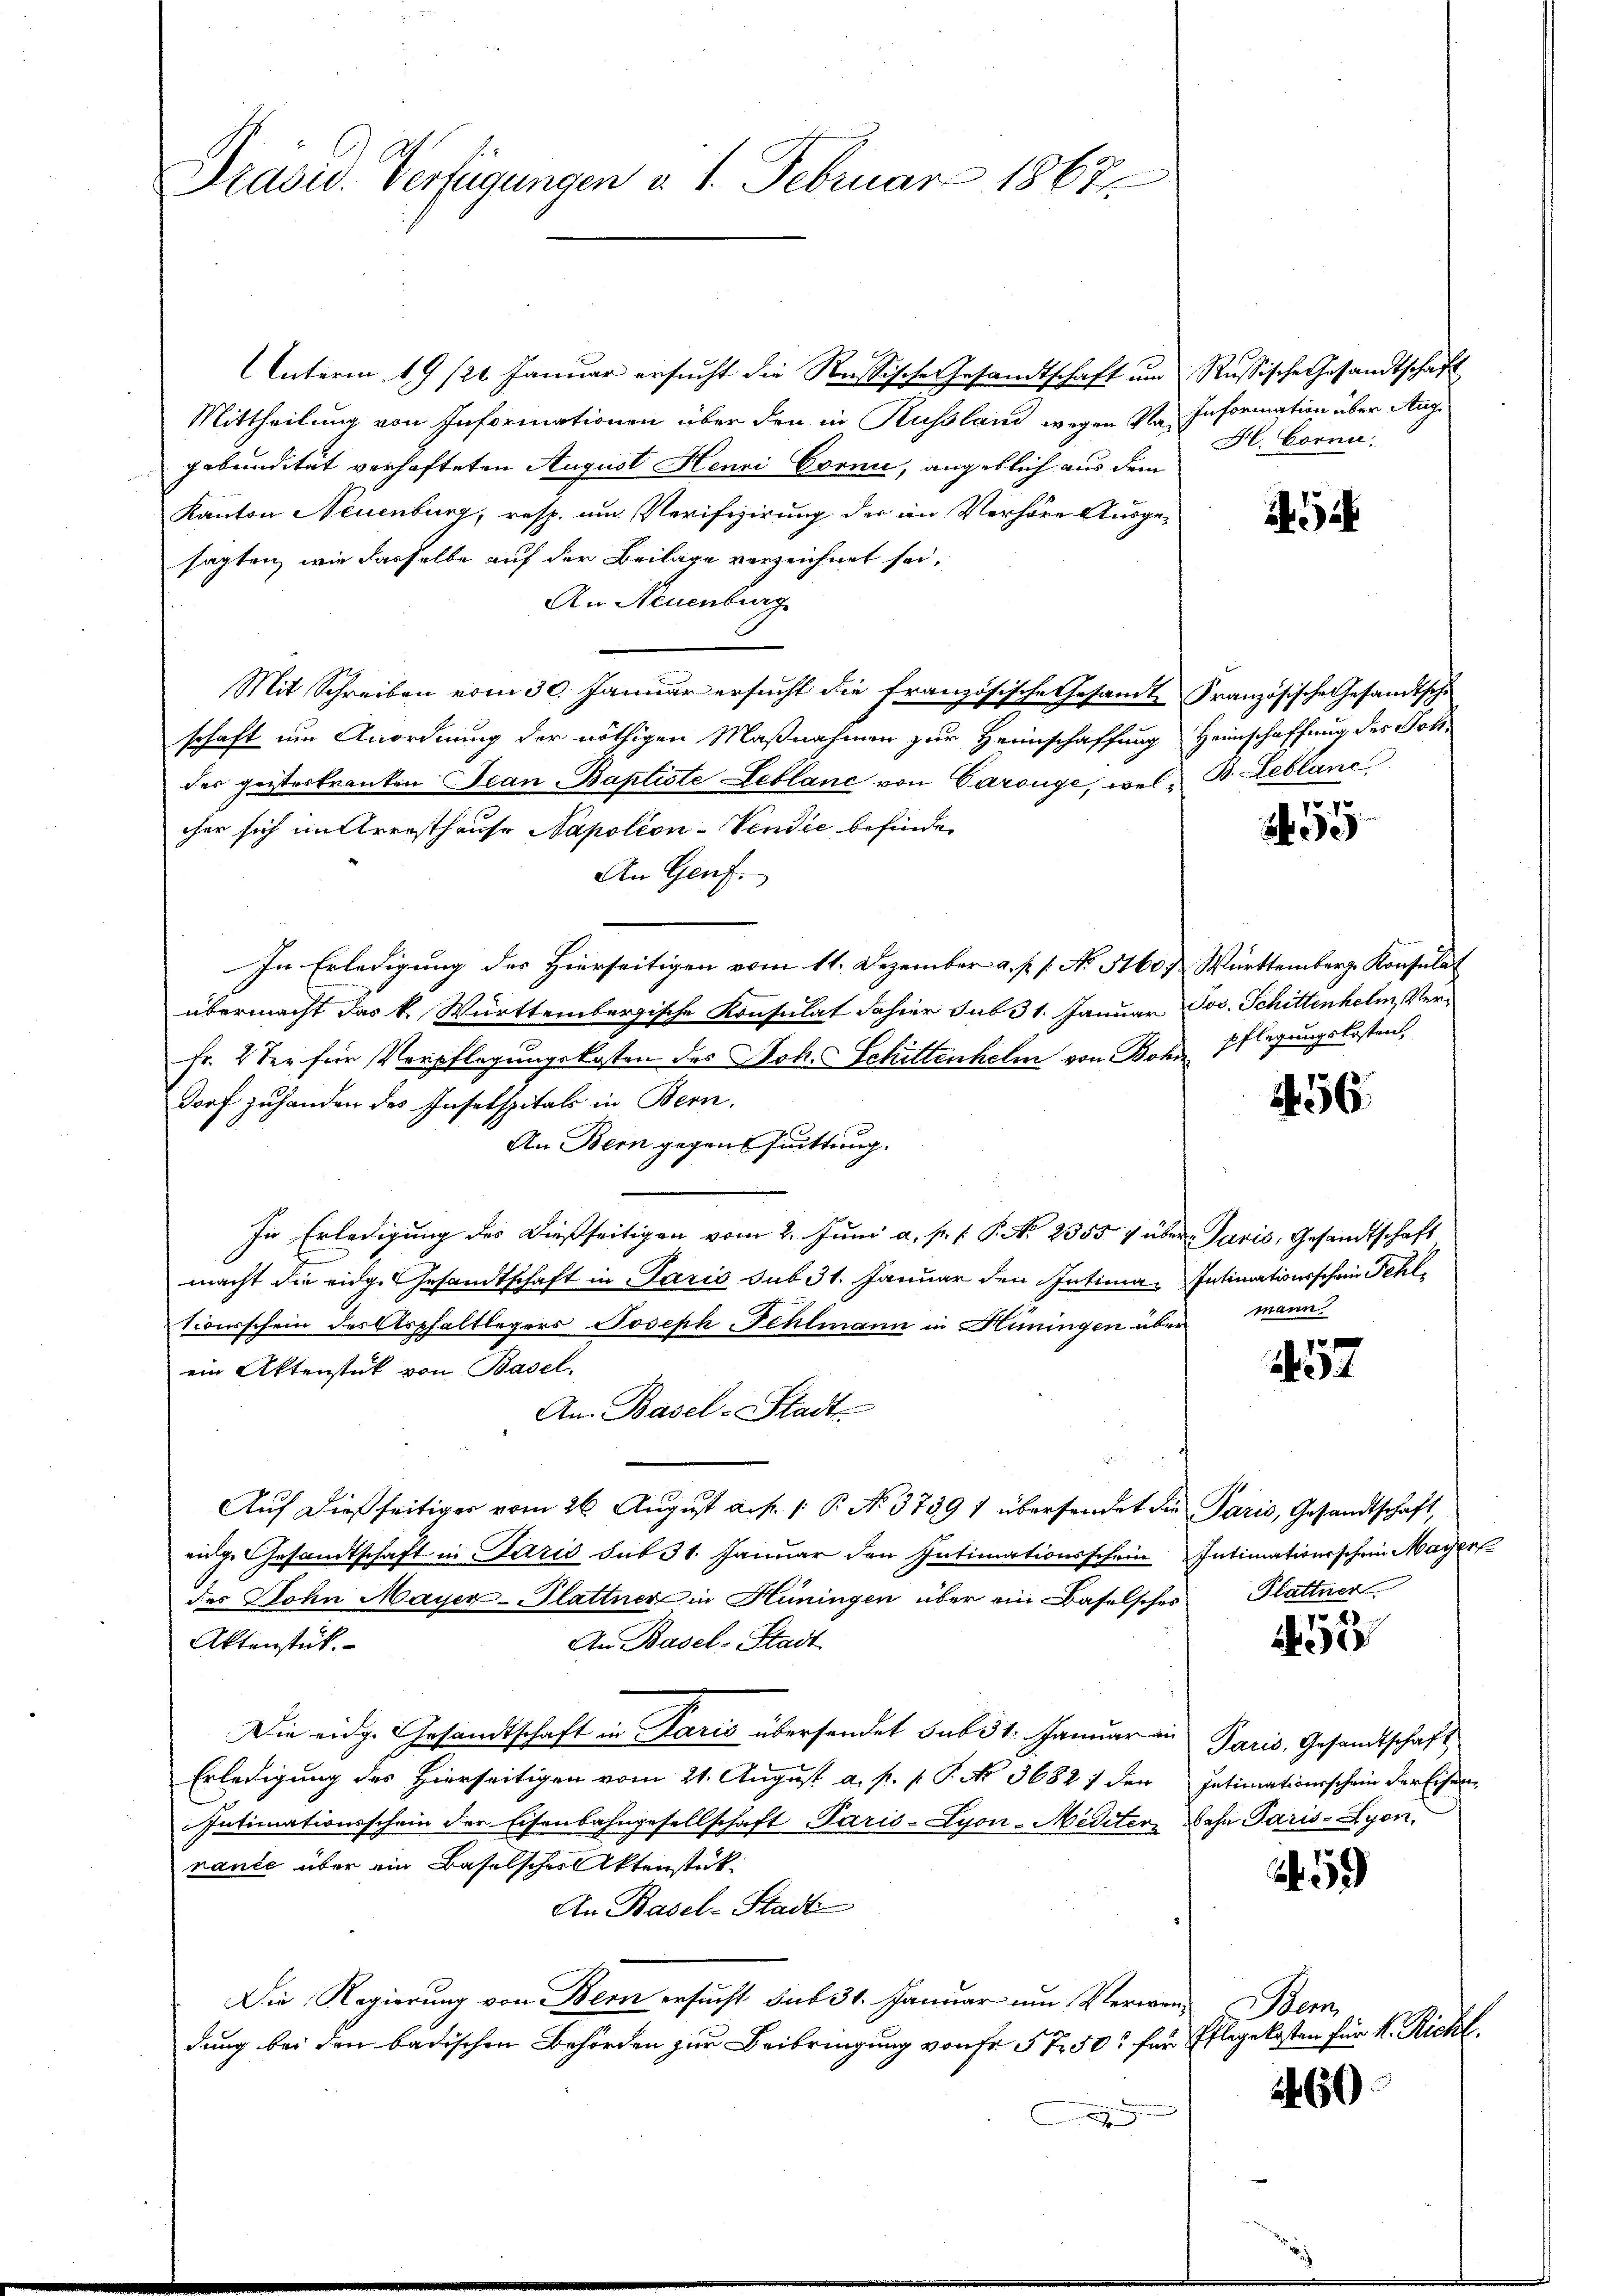
Präsid. Verfügungen v. 1. Februar 1867

Interm 19/22. Januar ersucht die Russische Gesandtschaft um Russische Gesandtschaft
Mittheilung von Informationen über den in Russland wegen Nas Information über Aug.
gebundität verhafteten August Henri Cornie, angeblich aus dem
Kanton Neuenburg, resp. um Verifizirung der im Verhöre Ausgesagten, wie dasselbe auf der Beilage verzeichnet sei,
An Neuenburg.
Mit Schreiben vom 30. Januar ersŭcht die französische Gesamte Französische Gesandtsche
schaft um Anordnung der nöthigen Maßnahmen zur Heimschaffung Heimschaffung des Joh
des geisterkranken Jean Baptiste Leblanc von Carouge, wel- B. Leblanc
cher sich im Arresthause Napoléon-Vendie befinden
An Genf.
In Erledigung des Hierseitigen vom 11. Dezember a. p. 1. No 5160. Württemberg Konsulat
übermacht das k. Württembergische Konsulat dahier sub 31. Januar Jos. Schittenhelm, Ver¬
Fr. 2 der für Verpflegungskosten des Joh. Schittenhelm von Bohne Pflegungskosten,
dorf zuhanden des Inselspitals in Bern.
An Bern gegensuittung.
In Erledigung des dießseitigen vom 2. Juni a. p. P. No 2355 & über Paris, Gesandtschaft
macht die eidge Gesandtschaft in Paris sub 31. Januar den Intima Intimationsschrie Fehl
tcoischein des Asphaltlegers Joseph Fehlmann in Hüningen über
ein Aktenstük von Basel,
An Basel-Stadt
u
Auf dießseitiger vom 26. August a. p. 1. P. N. 37391 übersendet die Paris, Gesandtschaft,
eige Gesandtschaft in Paris sub 31. Januar den Intimationsschein Intimationsschein Mayer
des Sohn Mayer-Blattner in Hüningen über ein Baselsches Plattner
An Basel-Stadt
Aktenstück.
Die eidge Gesandtschaft in Paris übersendet sub 1. Januar in
Erledigung des Hierseitigen vom 21. August a. p. p. P. No. 3682; den
Intimationsschein der Eisenbahngesellschaft Paris-Lyon-Mediter Bahn Paris-Lyon,
nance über ein Baselscher Aktenstück
An Basel-Stadt
Die Regierung von Bern ersucht sub 31. Januar um Verwendung bei den badischen Behörden zur Beibringung von Fr. 5750 für
e

H. Corne

55

456.

mann

1
A

52

Paris, Gesandtschaft
Intimationsschein der Eisen

59

Bem
Pflegekosten für k. Richt.

60